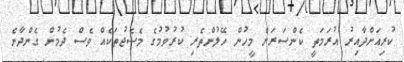
ކުރިއަށްދާއިރު އުރަމަތީ ކެންސަރަށް މީހުން ހޭލުންތެރި ކުރުވުމުގެ މެސެޖުތަކެއް ވެސް ދެމުން ގެންދާނެ